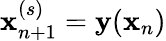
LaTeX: \mathbf x_{n+1}^{(s)}=\mathbf y(\mathbf x_{n})